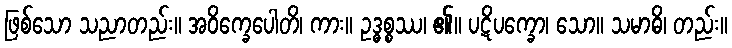
ဖြစ်သော သညာတည်း။ အဝိက္ခေပေါတိ၊ ကား။ ဥဒ္ဓစ္စဿ၊ ၏။ ပဋိပက္ခော၊ သော။ သမာဓိ၊ တည်း။